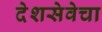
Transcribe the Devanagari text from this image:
देशसेवेचा